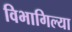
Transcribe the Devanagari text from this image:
विभागिल्या